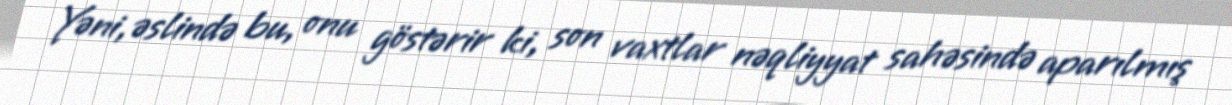
Yəni, əslində bu, onu göstərir ki, son vaxtlar nəqliyyat sahəsində aparılmış